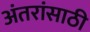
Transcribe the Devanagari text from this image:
अंतरांसाठी